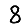
Digit: 8